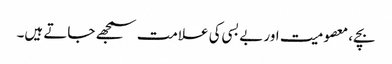
بچے، معصومیت اور بے بسی کی علامت سمجھے جاتے ہیں۔